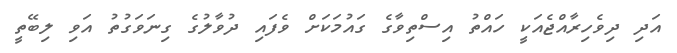
އަދި ދިވެހިރާއްޖެއަކީ ހައްތު އިސްތިވާގެ ގައުމަކަށް ވެފައި ދުވާލުގެ ގިނަވަގުތު އަވި ލިބޭތީ